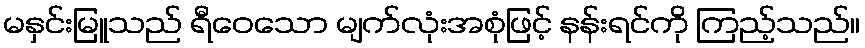
မနှင်းမြူသည် ရီဝေသော မျက်လုံးအစုံဖြင့် နန်းရင်ကို ကြည့်သည်။